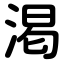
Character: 渇